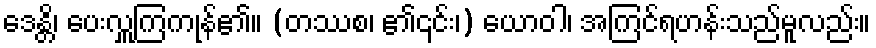
ဒေန္တိ၊ ပေးလှူကြကုန်၏။ (တဿစ၊ ၏၎င်း၊) ယောဝါ၊ အကြင်ရဟန်းသည်မူလည်း။